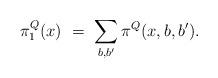
LaTeX: \begin{align*} \pi^Q_1 (x) \ = \ \sum_{b,b'} \pi^Q (x,b,b').\end{align*}